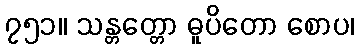
၇၅၁။ သန္တတ္တော ဓူပိတော စောပ၊